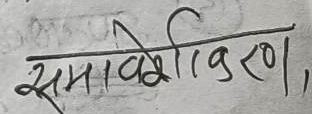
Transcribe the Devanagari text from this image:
समावेशीकरण,